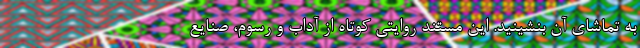
به تماشای آن بنشینید. این مستند روایتی کوتاه از آداب و رسوم، صنایع